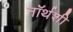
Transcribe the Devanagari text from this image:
नॉर्थशी